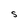
Character: S